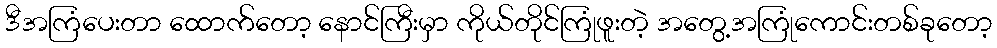
ဒီအကြံပေးတာ ထောက်တော့ နောင်ကြီးမှာ ကိုယ်တိုင်ကြုံဖူးတဲ့ အတွေ့အကြုံကောင်းတစ်ခုတော့